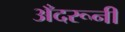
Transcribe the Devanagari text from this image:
अँदरूनी